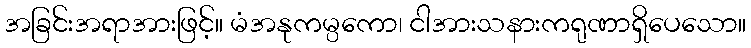
အခြင်းအရာအားဖြင့်။ မံအနုကမ္ပကော၊ ငါအားသနားကရုဏာရှိပေသော။